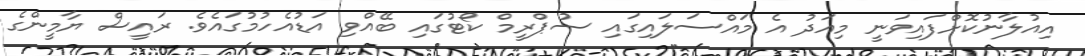
އިއުލާނުކޮށްފައިވަނީ މިއަދު އެ މައްސަލައިގައި ސުޕްރީމް ކޯޓުގައި ބޭއްވި އަޑުއެހުމުގައެވެ. ރައީސް ޔާމީންގެ